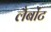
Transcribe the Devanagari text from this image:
लैबोंट